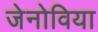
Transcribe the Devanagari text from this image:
जेनोविया